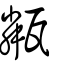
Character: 甐